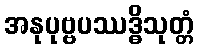
အနုပုဗ္ဗပဿဒ္ဓိသုတ္တံ